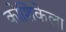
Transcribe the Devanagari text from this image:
कोशिकेला